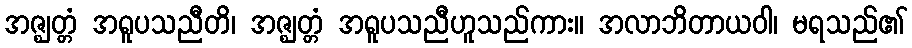
အဇ္ဈတ္တံ အရူပသညီတိ၊ အဇ္ဈတ္တံ အရူပသညီဟူသည်ကား။ အလာဘိတာယဝါ၊ မရသည်၏